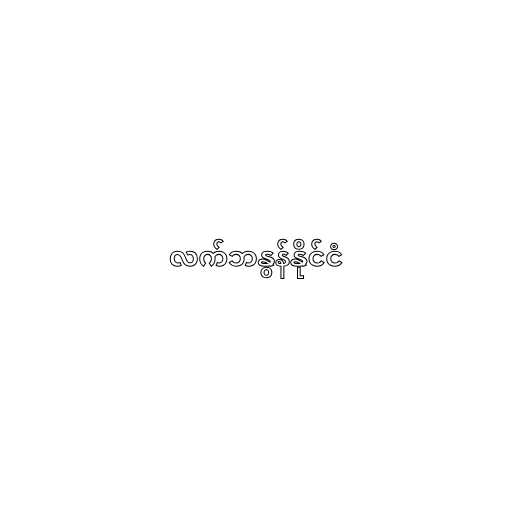
လက်ဘနွန်နိုင်ငံ